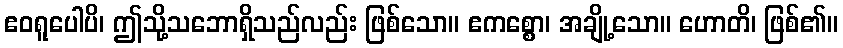
ဧဝရူပေါပိ၊ ဤသို့သဘောရှိသည်လည်း ဖြစ်သော။ ဧကစ္စော၊ အချို့သော။ ဟောတိ၊ ဖြစ်၏။